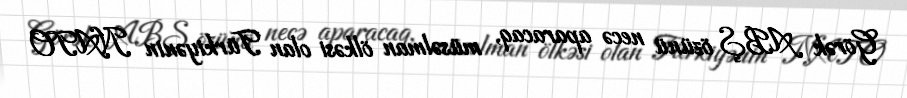
Görək ABŞ özünü necə aparacaq, müsəlman ölkəsi olan Türkiyənin NATO